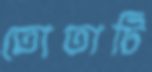
তোতাটি